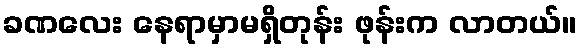
ခဏလေး နေရာမှာမရှိတုန်း ဖုန်းက လာတယ်။